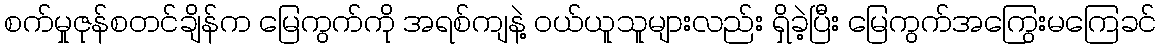
စက်မှုဇုန်စတင်ချိန်က မြေကွက်ကို အရစ်ကျနဲ့ ဝယ်ယူသူများလည်း ရှိခဲ့ပြီး မြေကွက်အကြွေးမကြေခင်